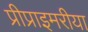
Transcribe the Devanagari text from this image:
प्रीप्राइमरीया